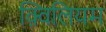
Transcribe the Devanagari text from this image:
क़्विलियम